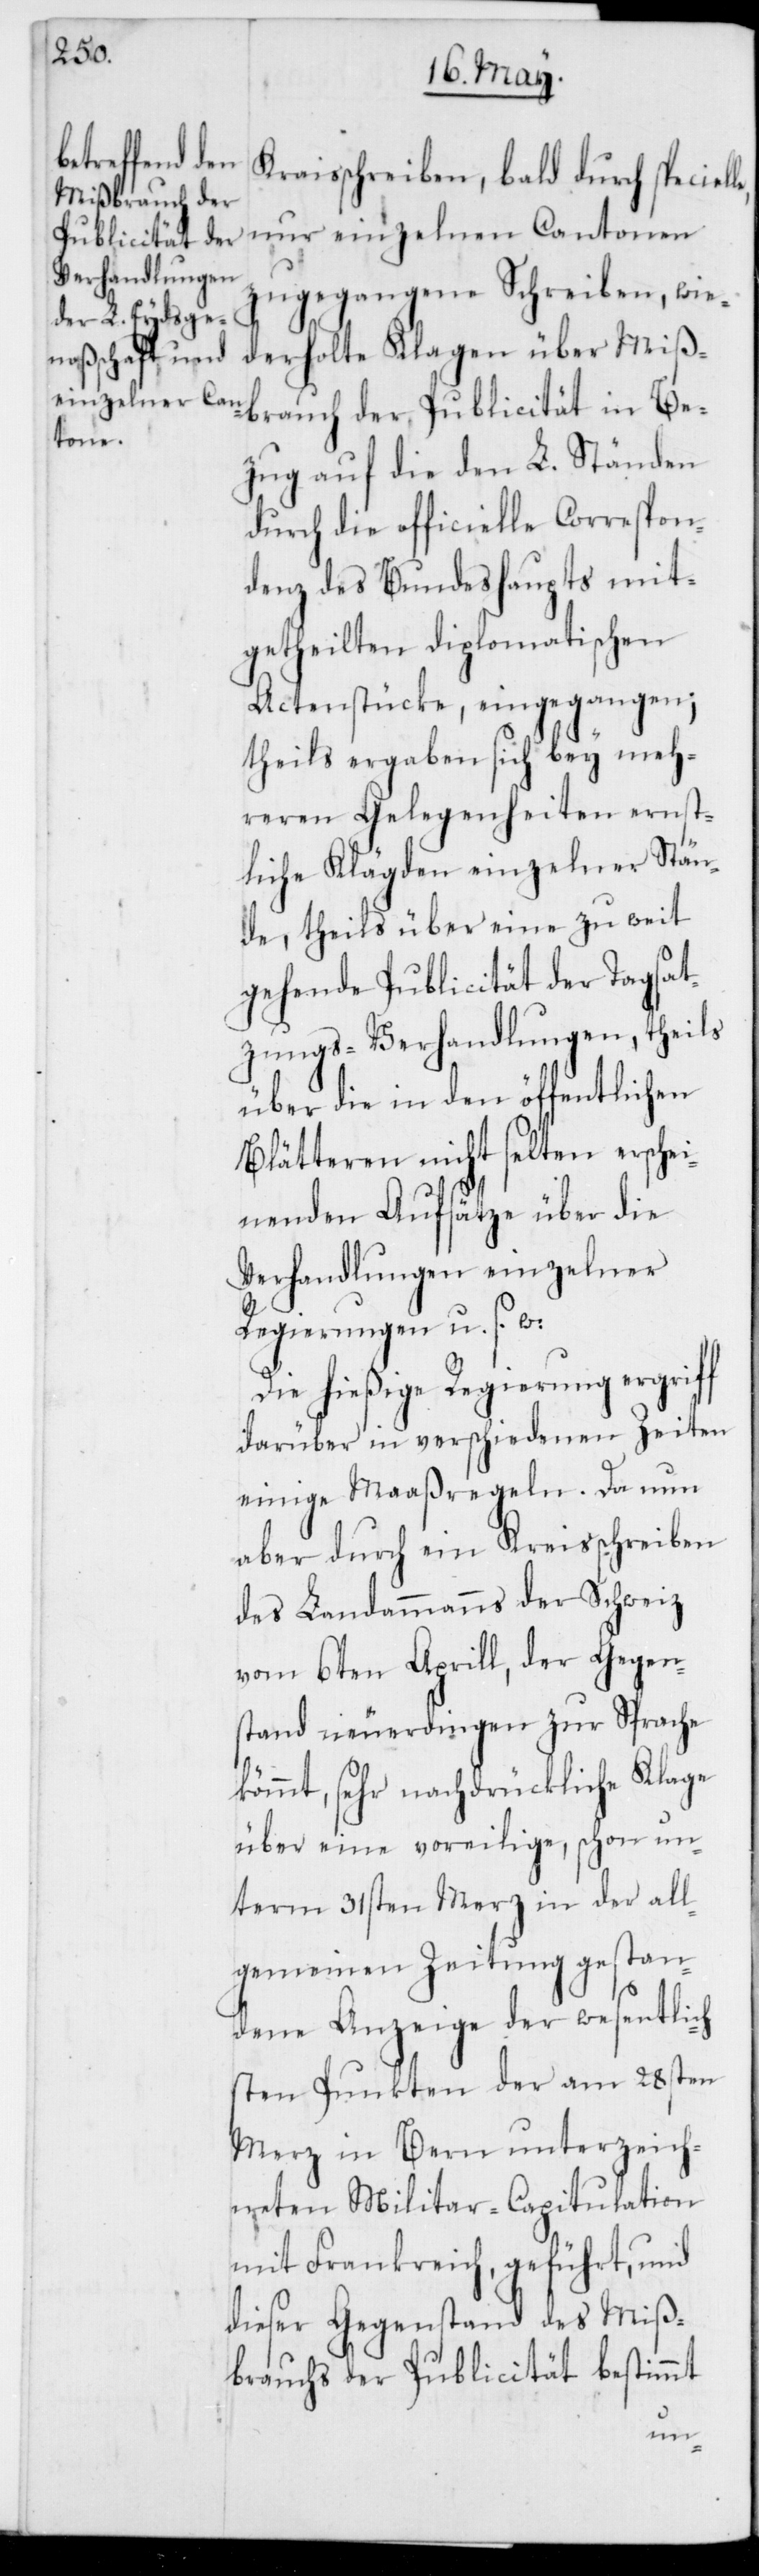
Kreisschreiben, bald durch speciell¬
nur einzelnen Cantonen
zugegangene Schreiben, wie¬
derholte Klagen über Miß¬
brauch der Publicität in Be¬
zug auf die den L. Ständen
durch die officielle Correspon¬
denz des Bundeshaupts mit¬
getheilten diplomatischen
Actenstücke, eingegangen;
theils ergaben sich bey meh¬
reren Gelegenheiten ernst¬
liche Klägden einzelner Stän¬
de, theils über eine zu weit
gehende Publicität der Tagsat¬
zungs-Verhandlungen, theils
über die in den öffentlichen
Blätteren nicht selten erschei¬
nenden Aufsätze über die
Verhandlungen einzelner
Regierungen u. s. w.
Die hießige Regierung ergriff
darüber in verschiedenen Zeiten
einige Maaßregeln. Da nun
aber durch ein Kreisschreiben
des Landammanns der Schweiz
vom 6ten Aprill, der Gegen¬
stand neuerdingen zur Sprache
kömmt, sehr nachdrückliche Klage
über eine voreilige, schon un¬
term 31sten Merz in der all¬
gemeinen Zeitung gestan¬
dene Anzeige der wesentlic¬
hsten Punkten der am 28sten
Merz in Bern unterzeich¬
neten Militair-Capitulation
mit Frankreich, geführt, und
dieser Gegenstand des Miß¬
brauchs der Publicität bestimmt
e,